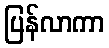
ပြန်လာကာ